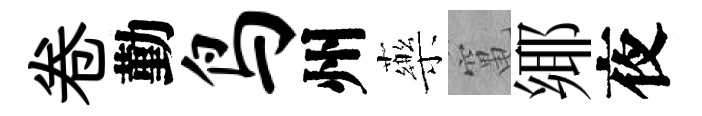
卷勤鸟州藥𥧄鄊夜